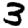
Digit: 3